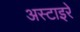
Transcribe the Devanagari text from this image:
अस्टाइरे